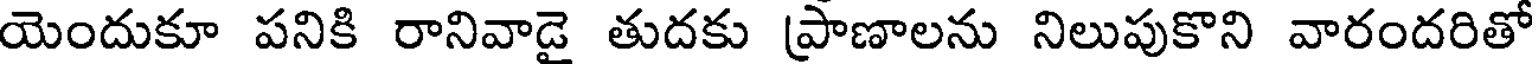
యెందుకూ పనికి రానివాడై తుదకు ప్రాణాలను నిలుపుకొని వారందరితో